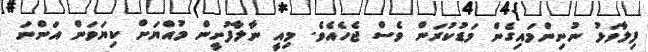
ފިލާވަޅު ނުނިންމައިގެން މަޑުކުރަން ވެސް ޖެހެއެވެ. މިއީ ނާލާފުށީން މުއްޔަށް ކިޔަވަން އަންނަ